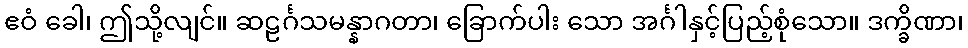
ဧဝံ ခေါ၊ ဤသို့လျင်။ ဆဠင်္ဂသမန္နာဂတာ၊ ခြောက်ပါး သော အင်္ဂါနှင့်ပြည့်စုံသော။ ဒက္ခိဏာ၊